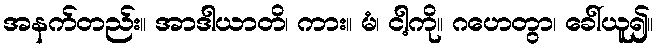
အနက်တည်း။ အာဒါယာတိ၊ ကား။ မံ၊ ငါ့ကို။ ဂဟေတွာ၊ ခေါ်ယူ၍။